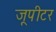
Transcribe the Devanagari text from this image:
जूपीटर